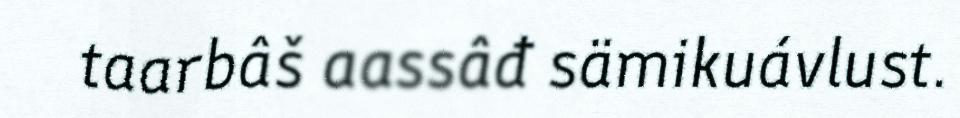
taarbâš aassâđ sämikuávlust.